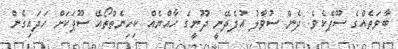
ބާވަތެއްގެ ސޫޕެކެވެ. ދެން ސުވާލު އުފެދޭނީ ދޫނީގެ ހާއްޔެއް ކިހިނެތްތޯއޭ ސޫޕަކަށް ހަދައިގެން